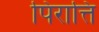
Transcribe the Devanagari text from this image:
पिरात्ति